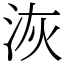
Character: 洃